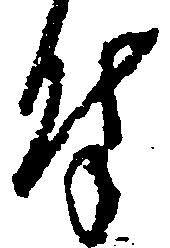
付